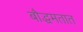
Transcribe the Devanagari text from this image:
बौद्धमतात